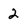
Character: 2